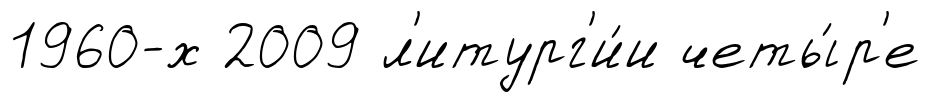
1960-х 2009 л'итург'и́и четы́р'е